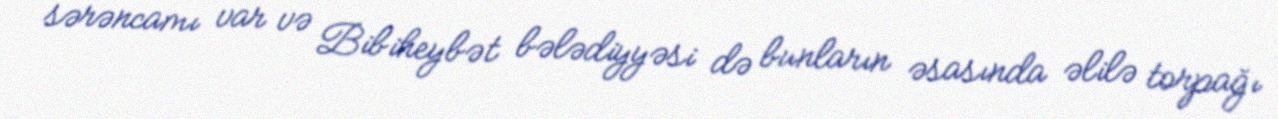
sərəncamı var və Bibiheybət bələdiyyəsi də bunların əsasında əlilə torpağı